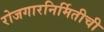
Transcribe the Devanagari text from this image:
रोजगारनिर्मितीची